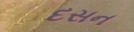
દસન